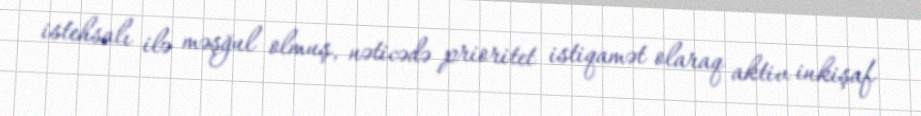
istehsalı ilə məşğul olmuş, nəticədə prioritet istiqamət olaraq aktiv inkişaf